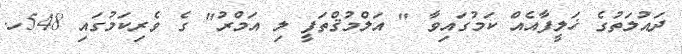
ދައުލަތުގެ ޚަލީފާއެއް ކަމުގައިވާ " އަލްމުޤްތަފީ ލި އަމްރު" ގެ ވެރިކަމުގައި 548ހ.